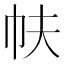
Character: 㠸